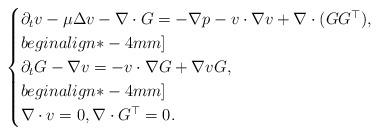
LaTeX: \begin{align*}\begin{cases}\partial_tv -\mu\Delta v-\nabla\cdot G= -\nabla p-v\cdot\nabla v + \nabla\cdot(GG^\top),\\begin{align*}-4mm]\\\partial_tG-\nabla v =-v\cdot\nabla G+ \nabla v G,\\begin{align*}-4mm]\\\nabla\cdot v = 0,\nabla\cdot G^\top=0.\end{cases}\end{align*}